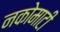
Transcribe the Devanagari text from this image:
नकोमाटी